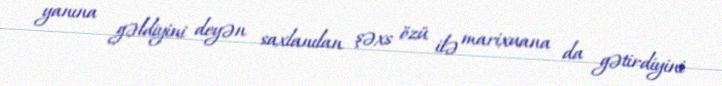
yanına gəldiyini deyən saxlanılan şəxs özü ilə marixuana da gətirdiyini